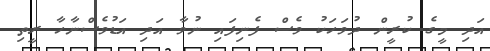
އަދި މީގެ ކުރީން ދުވަހަކު ވެސް ފެނިފައި ނުވާ އަދި އަޑުވެސްނާހާ ރީތި